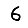
Digit: 6